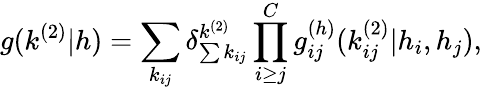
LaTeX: g(k^{(2)}|h)=\sum_{k_{ij}}\delta_{\sum{k_{ij}}}^{k^{(2)}}\prod_{i\geq j}^{C}g_{ij}^{(h)}(k_{ij}^{(2)}|h_{i},h_{j}),